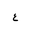
Letter: _ayn